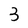
Character: 3